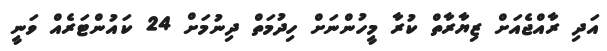
އަދި ރާއްޖެއަށް ޒިޔާރާތް ކުރާ މީހުންނަށް ހިދުމަތް ދިނުމަށް 24 ކައުންޓަރެއް ވަނީ